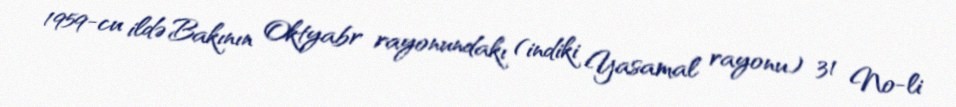
1959-cu ildə Bakının Oktyabr rayonundakı (indiki Yasamal rayonu) 31 №-li